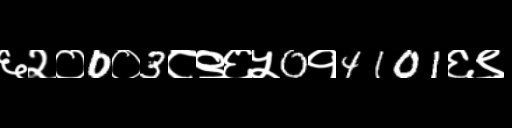
Text: ६२०0०3८९६५0१4101६९